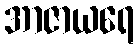
အာဇာယရေ